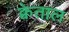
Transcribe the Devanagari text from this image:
क्वेताल